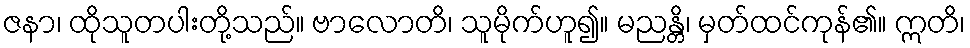
ဇနာ၊ ထိုသူတပါးတို့သည်။ ဗာလောတိ၊ သူမိုက်ဟူ၍။ မညန္တိ၊ မှတ်ထင်ကုန်၏။ ဣတိ၊